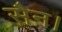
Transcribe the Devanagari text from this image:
सैन।